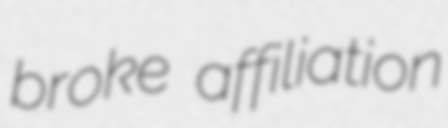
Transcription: broke affiliation